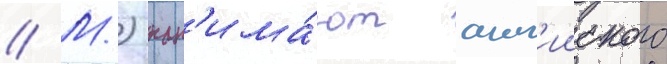
// М.) нан'има́ют англ'ииского